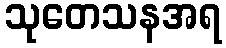
သုတေသနအရ